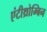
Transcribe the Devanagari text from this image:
एंटीथ्रोम्बिन